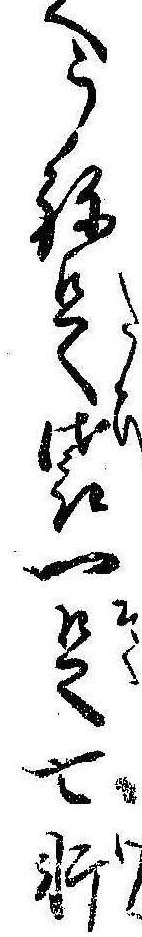
へうね足袋一足七軒